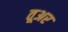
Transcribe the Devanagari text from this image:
तूअर